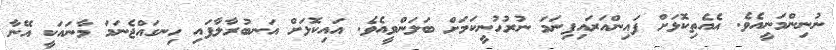
ނުނިންމަނީއެވެ. އެއެތިކޮޅަށް ފައިންއަރައިފިނަމަ ނުރުހުނީކަމަށް ބަލަންވީއެވެ. އައިކޮޅަށް އަނބުރާލާފައި ހިނގައްޖެނަމަ މާނައަކީ އޭނާ